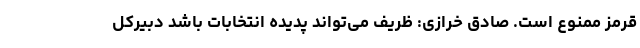
قرمز ممنوع است. صادق خرازی: ظریف می‌تواند پدیده انتخابات باشد دبیرکل